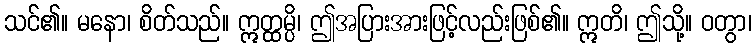
သင်၏။ မနော၊ စိတ်သည်။ ဣတ္ထမ္ပိ၊ ဤအပြားအားဖြင့်လည်းဖြစ်၏။ ဣတိ၊ ဤသို့။ ဝတွာ၊